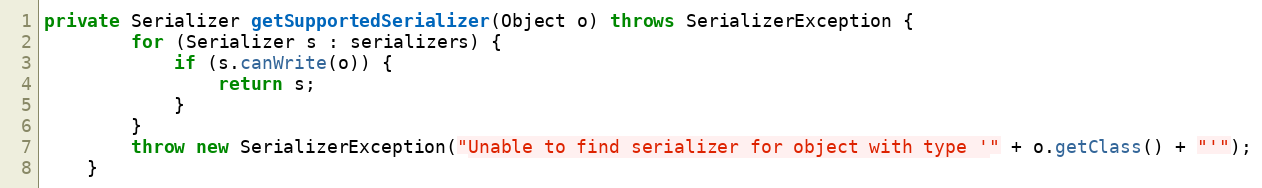
Language: Java
private Serializer getSupportedSerializer(Object o) throws SerializerException {
        for (Serializer s : serializers) {
            if (s.canWrite(o)) {
                return s;
            }
        }
        throw new SerializerException("Unable to find serializer for object with type '" + o.getClass() + "'");
    }